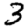
Digit: 3